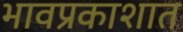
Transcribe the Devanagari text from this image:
भावप्रकाशात